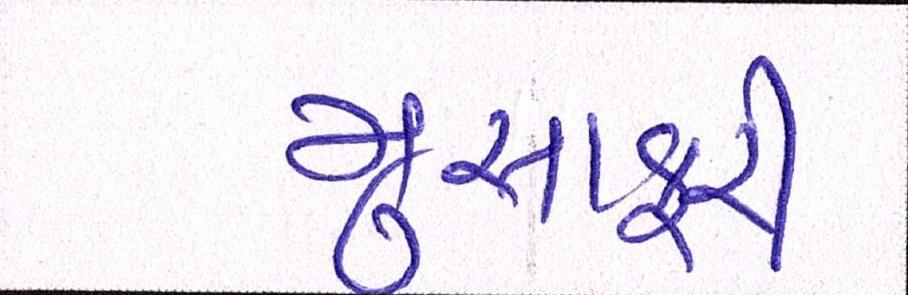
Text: મુસાફરી